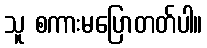
သူ စကားမပြောတတ်ပါ။